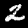
Digit: 2